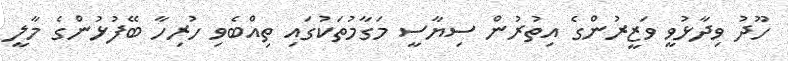
ހޫދު ވިދާޅުވީ ވަޒީރުންގެ އިތުރުން ސިޔާސީ މަގާމުތަކުގައި ތިއްބެވި ހުރިހާ ބޭފުޅުންގެ މާލީ